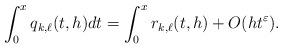
LaTeX: \begin{align*} \int_{0}^{x} q_{k,\ell}(t,h) dt = \int_{0}^{x} r_{k,\ell}(t,h) +O(ht^{\varepsilon}).\end{align*}